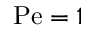
\mathrm { P e } = 1